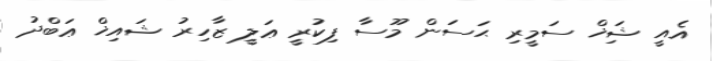
އެއީ ޝަިޚް ސަމީރި ޙަސަން މޫސާ ފިކުރީ ޢަލީ ޒާހިރު ޝައިޚް ޢަބްދު